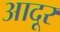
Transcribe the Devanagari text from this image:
आदूर